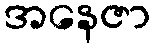
အနေဇာ